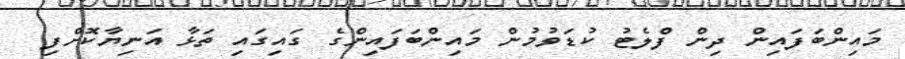
މައިންބަފައިން ދިން ފްލެޓު ކުޑަވުމުން މައިންބަފައިންގެ ގައިގައި ތަޅާ އަނިޔާކޮށްފި